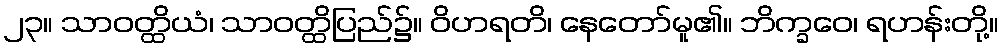
၂၃။ သာဝတ္ထိယံ၊ သာဝတ္ထိပြည်၌။ ဝိဟရတိ၊ နေတော်မူ၏။ ဘိက္ခဝေ၊ ရဟန်းတို့။